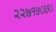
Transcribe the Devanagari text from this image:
२२७१५८६९।